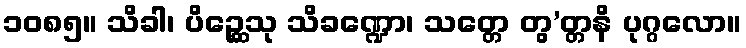
၁၀၈၅။ သိခါ၊ ပိဉ္ဆေသု သိခဏ္ဍော၊ သတ္တေ တွ’တ္တနိ ပုဂ္ဂလော။